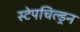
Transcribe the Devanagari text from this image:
स्टेपचिल्ड्रन